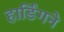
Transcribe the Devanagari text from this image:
हार्डिंगने